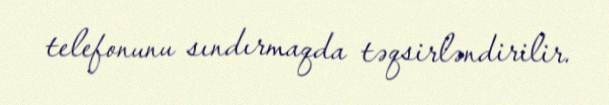
telefonunu sındırmaqda təqsirləndirilir.